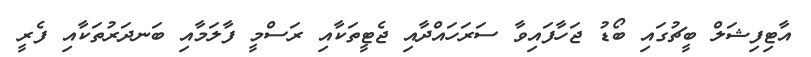
އާޓިފިޝަލް ބީޗުގައި ބޯޑު ޖަހާފައިވާ ސަރަހައްދާއި ޖެޓީތަކާއި ރަސްމީ ފާލަމާއި ބަނދަރުތަކާއި ފެރީ